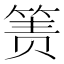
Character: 箦